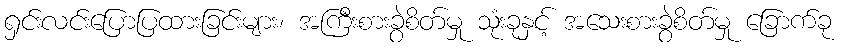
ရှင်းလင်းပြောပြထားခြင်းများ၊ အကြီးစားခွဲစိတ်မှု သုံးခုနှင့် အသေးစားခွဲစိတ်မှု ခြောက်ခု